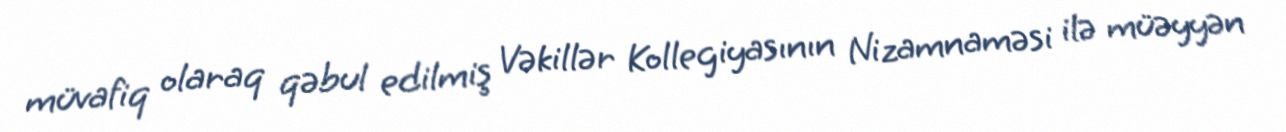
müvafiq olaraq qəbul edilmiş Vəkillər Kollegiyasının Nizamnaməsi ilə müəyyən